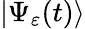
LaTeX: |\Psi_{\varepsilon}(t)\rangle